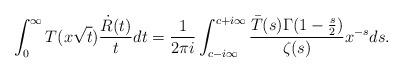
LaTeX: \begin{align*}\int_{0}^{\infty}T(x\sqrt{t})\frac{\dot{R}(t)}{t}dt=\frac{1}{2\pi i}\int_{c-i\infty}^{c+i\infty}\frac{\bar{T}(s)\Gamma(1-\frac{s}{2})}{\zeta(s)}x^{-s}ds.\end{align*}